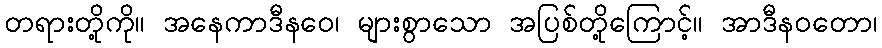
တရားတို့ကို။ အနေကာဒီနဝေ၊ များစွာသော အပြစ်တို့ကြောင့်။ အာဒီနဝတော၊